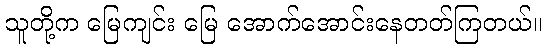
သူတို့က မြေကျင်း မြေ အောက်အောင်းနေတတ်ကြတယ်။